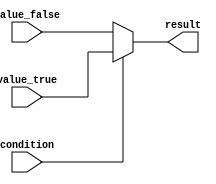
module conditional_assign(
  input wire condition,
  input wire [7:0] value_true,
  input wire [7:0] value_false,
  output reg [7:0] result
);

always @(*) begin
  if(condition) 
    result = value_true;
  else
    result = value_false;
end

endmodule